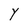
Character: Y